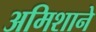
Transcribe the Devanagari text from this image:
अमिशाने